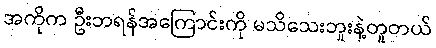
အကိုက ဦးဘရန်အကြောင်းကို မသိသေးဘူးနဲ့တူတယ်